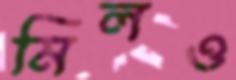
মিলও